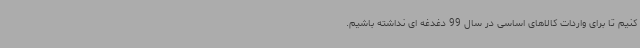
کنیم تا برای واردات کالاهای اساسی در سال 99 دغدغه ای نداشته باشیم.